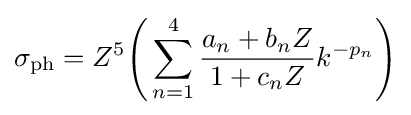
\sigma _{\text{ph}}=Z^{5}{\Biggl (}\sum _{n=1}^{4}{\frac {a_{n}+b_{n}Z}{1+c_{n}Z}}k^{-p_{n}}{\Biggr )}